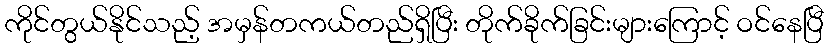
ကိုင်တွယ်နိုင်သည့် အမှန်တကယ်တည်ရှိပြီး တိုက်ခိုက်ခြင်းများကြောင့် ဝင်နေပြီ